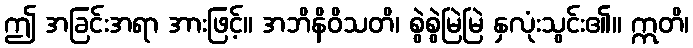
ဤ အခြင်းအရာ အားဖြင့်။ အဘိနိဝိသတိ၊ စွဲစွဲမြဲမြဲ နှလုံးသွင်း၏။ ဣတိ၊